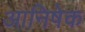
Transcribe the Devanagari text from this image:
आनिषेक